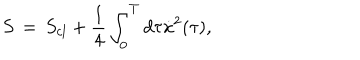
LaTeX: S \, = \, S _ { c l } + { \frac { 1 } { 4 } } \int _ { 0 } ^ { T } d \tau \dot { x } ^ { 2 } ( \tau ) ,